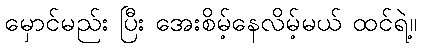
မှောင်မည်း ပြီး အေးစိမ့်နေလိမ့်မယ် ထင်ရဲ့။